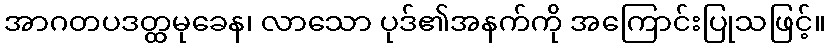
အာဂတပဒတ္ထမုခေန၊ လာသော ပုဒ်၏အနက်ကို အကြောင်းပြုသဖြင့်။